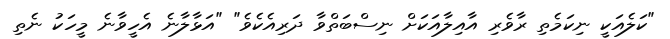
"ކަލެއަކީ ނިކަމެތި ރާވެރި އާއިލާއަކަށް ނިސްބަތްވާ ދަރިއެކެވެ" "އަޅާލާނެ އެހީވާނެ މީހަކު ނެތި